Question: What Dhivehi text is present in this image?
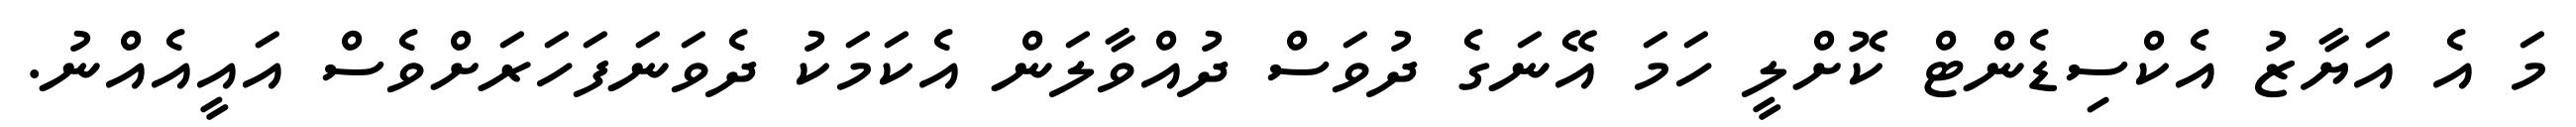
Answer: މަ އެ އަޔާޒު އެކްސިޑެންޓް ކޮށްލީ ހަމަ އޭނަގެ ދުވަސް ދުއްވާލަން އެކަމަކު ދެވަނަފަހަރަށްވެސް އައީއެއްނު.